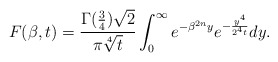
\begin{align*}F(\beta,t)= \frac{\Gamma(\frac{3}{4})\sqrt{2}}{\pi\sqrt[4]{t}}\int_0^{\infty}e^{-\beta^{2n} y}e^{-\frac{y^4}{2^4t}}dy.\end{align*}